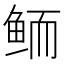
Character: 鲕